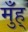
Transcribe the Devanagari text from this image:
मुँह्